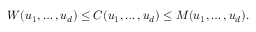
W ( u _ { 1 } , \dots , u _ { d } ) \leq C ( u _ { 1 } , \dots , u _ { d } ) \leq M ( u _ { 1 } , \dots , u _ { d } ) .